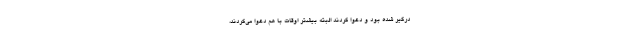
درگیر شده بود و دعوا کردند البته بیشتر اوقات با هم دعوا می‌کردند،